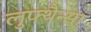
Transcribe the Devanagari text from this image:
लुफ्थैन्सा